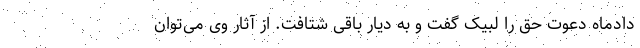
دادماه دعوت حق را لبیک گفت و به دیار باقی شتافت. از آثار وی می‌توان